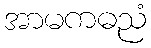
အာမကဓညံ